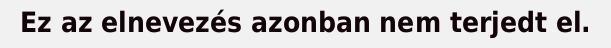
Ez az elnevezés azonban nem terjedt el.